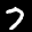
Label: 7